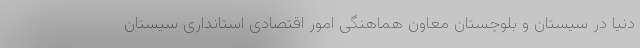
دنیا در سیستان و بلوچستان معاون هماهنگی امور اقتصادی استانداری سیستان